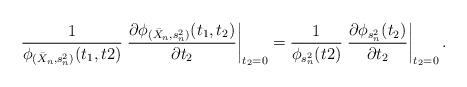
LaTeX: \begin{align*} \frac{1}{\phi_{(\bar X_n,s_n^2)}(t_1, t2)} \left. \frac{ \partial \phi_{(\bar X_n,s_n^2)}(t_1, t_2) }{\partial t_2} \right|_{t_2=0} =\frac{1}{\phi_{s_n^2}(t2)} \left. \frac{ \partial \phi_{s_n^2}(t_2) }{\partial t_2} \right|_{t_2=0}.\end{align*}